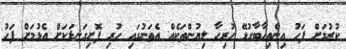
ކުރުމަށް ފަހު އިންތިހާބާގުޅޭ ހުރިހާ ލިޔުންތަކެއް އެތަނުގައި ހުރި ފޮށިގަނޑަކަށް އެޅުމަށް ފަހު